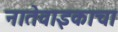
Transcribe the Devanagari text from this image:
नातेवाइकाचा